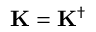
\mathbf { K } = \mathbf { K } ^ { \dagger }